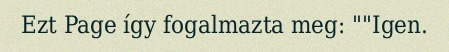
Ezt Page így fogalmazta meg: ""Igen.